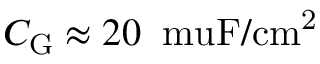
C _ { \mathrm { G } } \approx 2 0 \: \mathrm { \ m u F / c m ^ { 2 } }